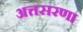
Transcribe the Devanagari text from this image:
अत्तसरणा